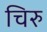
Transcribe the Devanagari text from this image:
चिरु